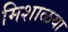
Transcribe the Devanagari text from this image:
मिशाळया